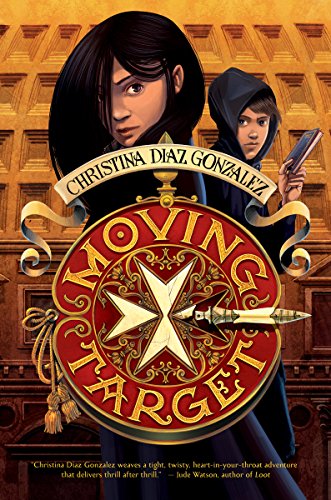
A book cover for Moving Target; Christina Diaz Gonzalez; Children's Books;